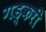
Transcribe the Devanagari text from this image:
गड्करी